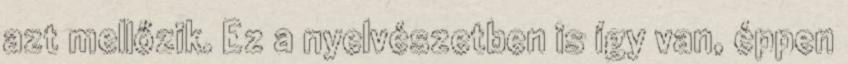
azt mellőzik. Ez a nyelvészetben is így van, éppen